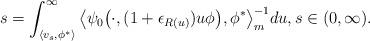
LaTeX: \begin{align*} s = \int_{\langle v_s,\phi^*\rangle}^\infty \big\langle \psi_0 \big(\cdot ,( 1 + \epsilon_{R(u)} ) u \phi \big), \phi^* \big\rangle_m^{-1} du, s\in (0,\infty). \end{align*}